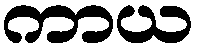
ကာယ